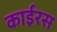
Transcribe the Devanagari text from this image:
काईरस